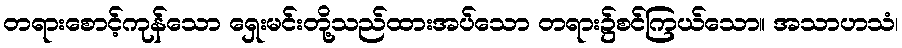
တရားစောင့်ကုန်သော ရှေးမင်းတို့သည်ထားအပ်သော တရား၌စင်ကြယ်သော။ အသာဟသံ၊